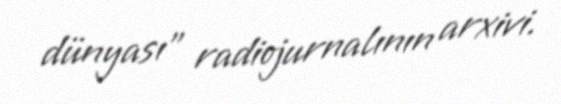
dünyası" radiojurnalının arxivi.